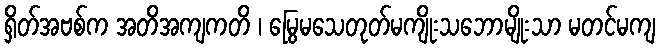
ရှိတ်အဗစ်က အတိအကျကတိ ၊ မြွေမသေတုတ်မကျိုးသဘောမျိုးသာ မတင်မကျ